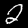
Label: 2